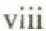
Viii